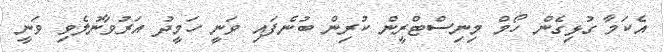
އެކަމާ ގުޅިގެން ހޯމް މިނިސްޓްރީން ކުރިން ބުނެފައި ވަނީ ހަމީދު އަރުވާނުލެވި ވަނީ